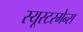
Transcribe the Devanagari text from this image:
स्यूस्टरमेन्स